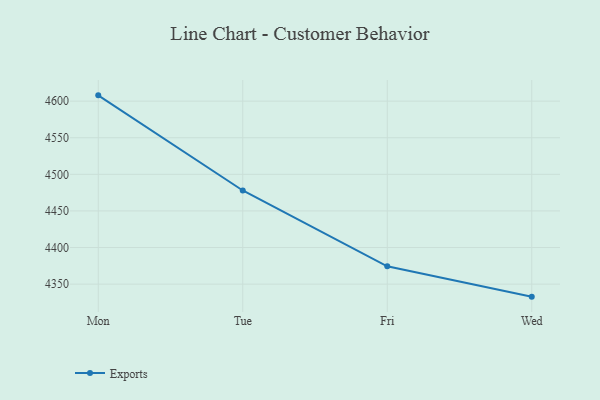
{"axis": {"x": "Day", "y": "Humidity (%)"}, "legend": ["Exports"], "data": [{"x": "Mon", "y": 4607.9, "type": "Exports"}, {"x": "Tue", "y": 4477.9, "type": "Exports"}, {"x": "Fri", "y": 4374.3, "type": "Exports"}, {"x": "Wed", "y": 4332.9, "type": "Exports"}]}